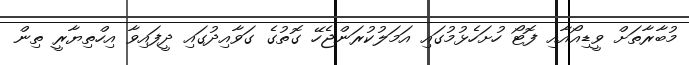
މުބާރާތަށް ވީޑިއޯއާއި ފޮޓޯ ހުށަހެޅުމުގައި އަމަލުކުރަންޖެހޭ ގޮތުގެ ގަވާއިދުގައި ދީފައިވާ އިހްތިޔާރީ ތިން